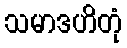
သမာဒဟိတုံ